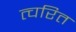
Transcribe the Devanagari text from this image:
त्चरित